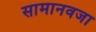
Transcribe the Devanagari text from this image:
सामानवजा